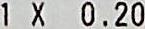
1 X 0.20